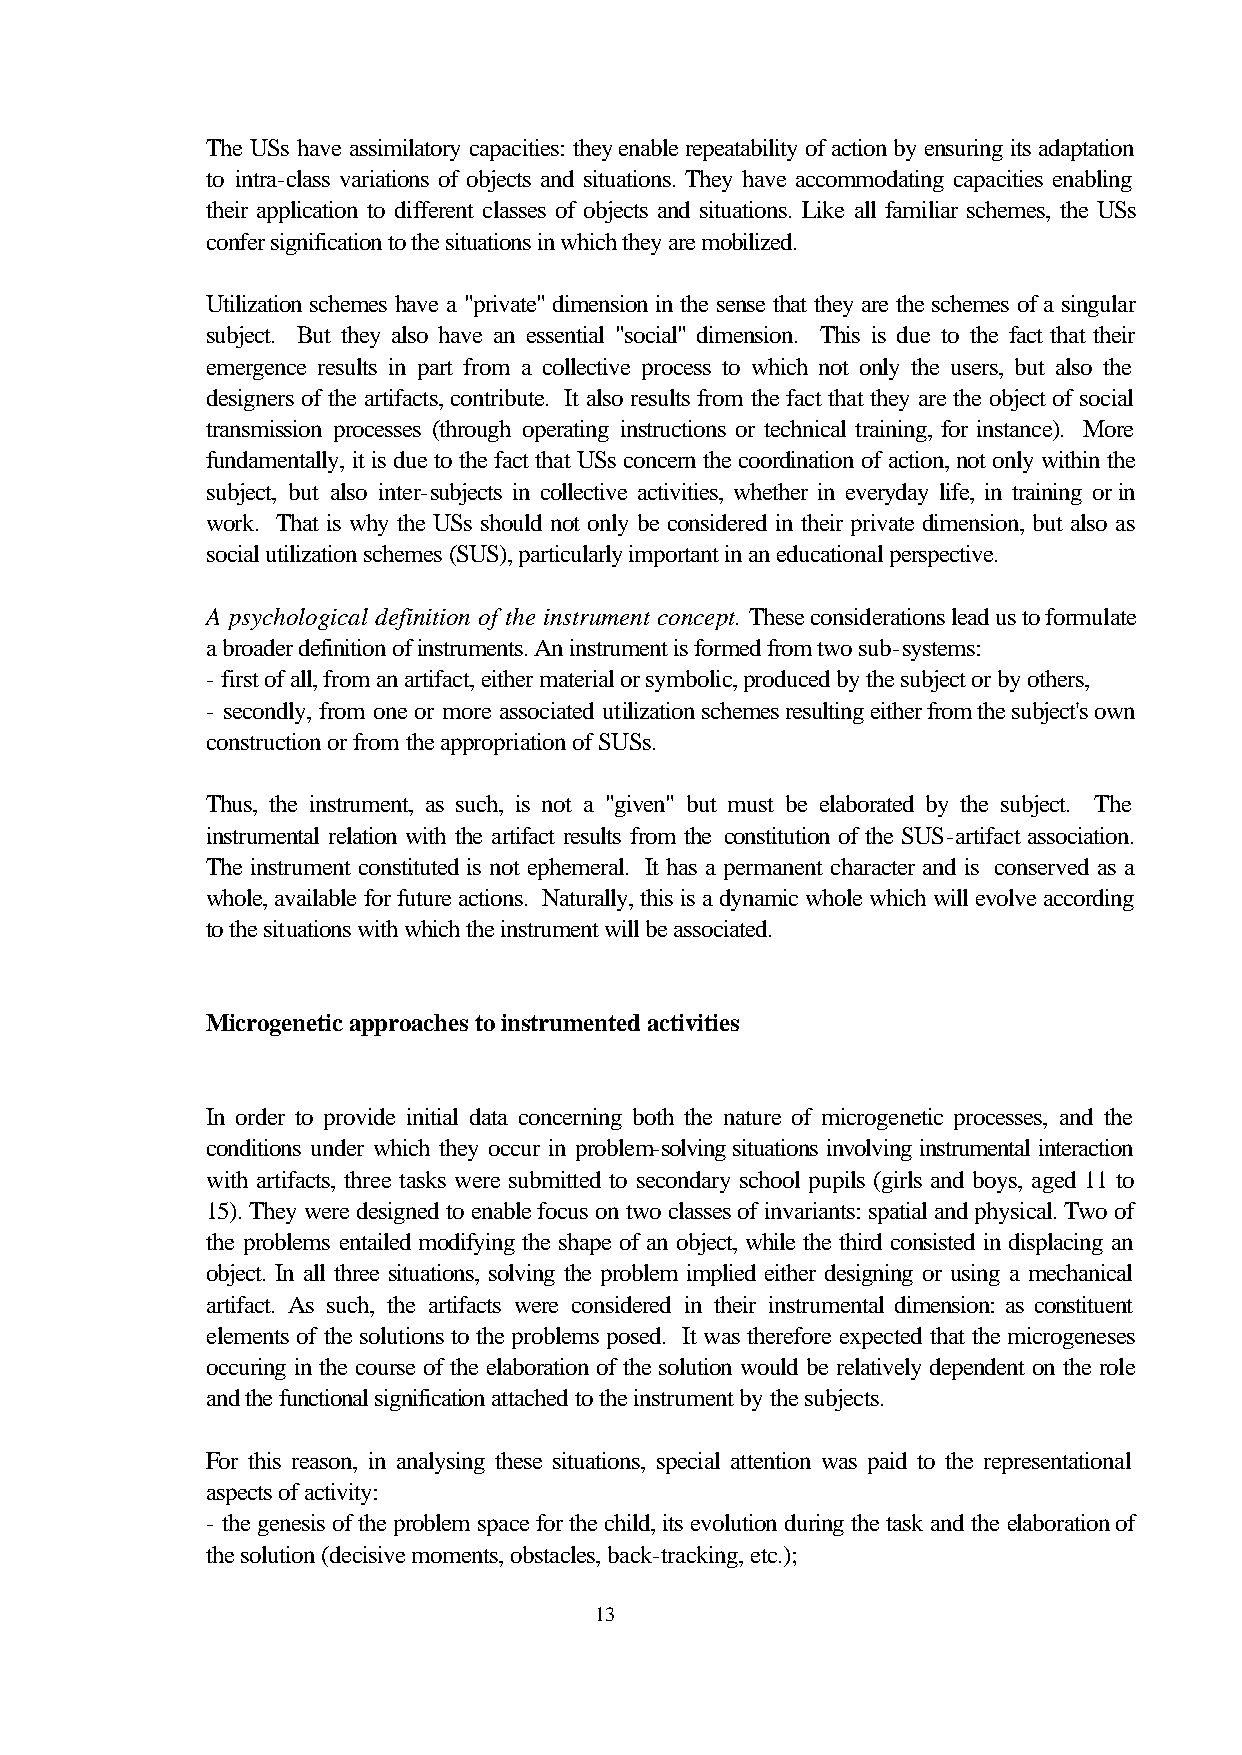
The USs have assimilatory capacities: they enable repeatability of action by ensuring its adaptation
 to intra-class variations of objects and situations. They have accommodating capacities enabling
 their application to different classes of objects and situations. Like all familiar schemes, the USs
 confer signification to the situations in which they are mobilized.
 Utilization schemes have a "private" dimension in the sense that they are the schemes of a singular
 subject. But they also have an essential "social" dimension. This is due to the fact that their
 emergence results in part from a collective process to which not only the users, but also the
 designers of the artifacts, contribute. It also results from the fact that they are the object of social
 transmission processes (through operating instructions or technical training, for instance). More
 fundamentally, it is due to the fact that USs concern the coordination of action, not only within the
 subject, but also inter-subjects in collective activities, whether in everyday life, in training or in
 work. That is why the USs should not only be considered in their private dimension, but also as
 social utilization schemes (SUS), particularly important in an educational perspective.
 A psychological definition of the instrument concept. These considerations lead us to formulate
 a broader definition of instruments. An instrument is formed from two sub-systems:
 - first of all, from an artifact, either material or symbolic, produced by the subject or by others,
 - secondly, from one or more associated utilization schemes resulting either from the subject's own
 construction or from the appropriation of SUSs.
 Thus, the instrument, as such, is not a "given" but must be elaborated by the subject. The
 instrumental relation with the artifact results from the constitution of the SUS-artifact association.
 The instrument constituted is not ephemeral. It has a permanent character and is conserved as a
 whole, available for future actions. Naturally, this is a dynamic whole which will evolve according
 to the situations with which the instrument will be associated.
 Microgenetic approaches to instrumented activities
 In order to provide initial data concerning both the nature of microgenetic processes, and the
 conditions under which they occur in problem-solving situations involving instrumental interaction
 with artifacts, three tasks were submitted to secondary school pupils (girls and boys, aged 11 to
 15). They were designed to enable focus on two classes of invariants: spatial and physical. Two of
 the problems entailed modifying the shape of an object, while the third consisted in displacing an
 object. In all three situations, solving the problem implied either designing or using a mechanical
 artifact. As such, the artifacts were considered in their instrumental dimension: as constituent
 elements of the solutions to the problems posed. It was therefore expected that the microgeneses
 occuring in the course of the elaboration of the solution would be relatively dependent on the role
 and the functional signification attached to the instrument by the subjects.
 For this reason, in analysing these situations, special attention was paid to the representational
 aspects of activity:
 - the genesis of the problem space for the child, its evolution during the task and the elaboration of
 the solution (decisive moments, obstacles, back-tracking, etc.);
 13